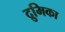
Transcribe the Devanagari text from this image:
द्रुमिका